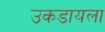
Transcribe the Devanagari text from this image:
उकडायला